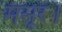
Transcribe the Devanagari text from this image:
मंसूर।